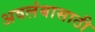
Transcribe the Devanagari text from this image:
अवलंबासाठी